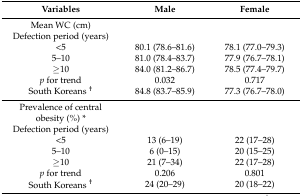
| Variables | Male | Female |
 | --- | --- | --- |
 | Mean WC (cm) |  |  |
 | Defection period (years) |  |  |
 | <5 | 80.1 (78.6–81.6) | 78.1 (77.0–79.3) |
 | 5–10 | 81.0 (78.4–83.7) | 77.9 (76.7–78.1) |
 | ≥10 | 84.0 (81.2–86.7) | 78.5 (77.4–79.7) |
 | p for trend | 0.032 | 0.717 |
 | South Koreans † | 84.8 (83.7–85.9) | 77.3 (76.7–78.0) |
 | Prevalence of central obesity (%) * |  |  |
 | Defection period (years) |  |  |
 | <5 | 13 (6–19) | 22 (17–28) |
 | 5–10 | 6 (0–15) | 20 (15–25) |
 | ≥10 | 21 (7–34) | 22 (17–28) |
 | p for trend | 0.206 | 0.801 |
 | South Koreans † | 24 (20–29) | 20 (18–22) |